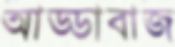
আড্ডাবাজ